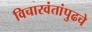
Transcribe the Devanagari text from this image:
विचारवंतांपुढचे